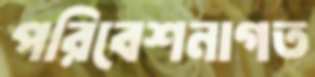
পরিবেশনাগত